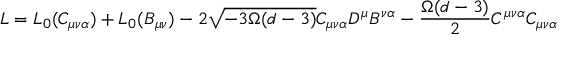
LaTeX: { \cal L } = { \cal L } _ { 0 } ( C _ { \mu \nu \alpha } ) + { \cal L } _ { 0 } ( B _ { \mu \nu } ) - 2 \sqrt { - 3 \Omega ( d - 3 ) } C _ { \mu \nu \alpha } D ^ { \mu } B ^ { \nu \alpha } - \frac { \Omega ( d - 3 ) } { 2 } C ^ { \mu \nu \alpha } C _ { \mu \nu \alpha }